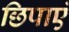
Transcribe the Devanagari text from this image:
छिपाएं